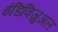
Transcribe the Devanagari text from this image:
इंडिविजुअल